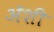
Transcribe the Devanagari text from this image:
अॅशी